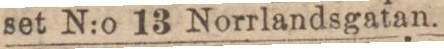
set N:o 13 Norrlandsgatan.